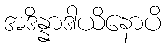
အဒိန္နာဒါယိနောပိ